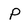
Character: P